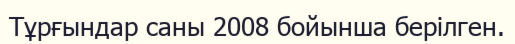
Тұрғындар саны 2008 бойынша берілген.